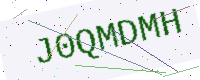
Text: J0QMDMH